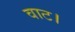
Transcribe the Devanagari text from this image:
वाट।